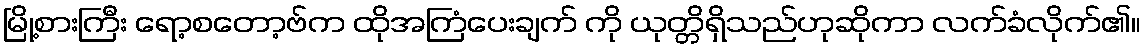
မြို့စားကြီး ရော့စတော့ဗ်က ထိုအကြံပေးချက် ကို ယုတ္တိရှိသည်ဟုဆိုကာ လက်ခံလိုက်၏။